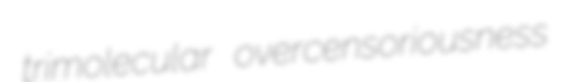
trimolecular overcensoriousness